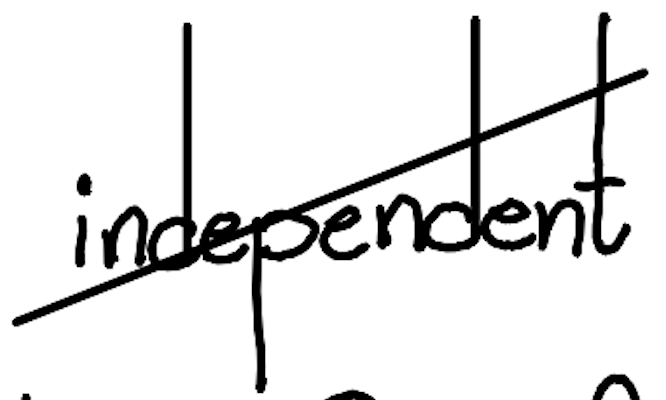
Text: independent
Cross-out: diagonal
Writing tool: digital_black